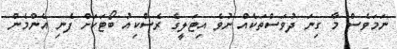
ނަމަވެސް މާ ގިނަ ދުވަސްތަކެއް ނުވެ އިޓަލީގެ ރެސްކިއު ބޯޓަކަށް ފެނި އެންމެން